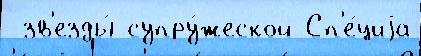
 зв'езды́ супру́жеской Сп'е́циjа